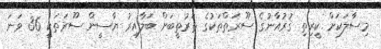
މިސާލަކަށް ކީރިތި ޤުރުއާނުގެ ސޫރަތްތަކުގެ ތަރުތީބަށް ބަލާއިރު ޔާސީން ސޫރަތަކީ 36 ވަނަ